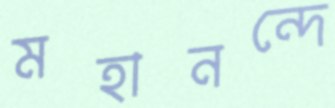
মহানন্দে